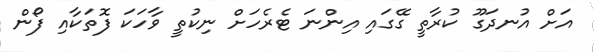
އަށް އުނދަގޫ ކުރާތީ ގޭގައި އިންނަ ޓެރެހަށް ނިކުތީ ވާހަކަ ފޮތަކާއި ފޯން